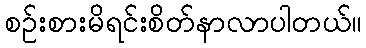
စဉ်းစားမိရင်းစိတ်နာလာပါတယ်။